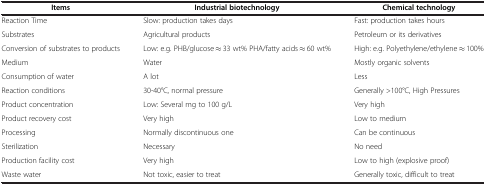
<table><thead><tr><td><b>Items</b></td><td><b>Industrial biotechnology</b></td><td><b>Chemical technology</b></td></tr></thead><tbody><tr><td>Reaction Time</td><td>Slow: production takes days</td><td>Fast: production takes hours</td></tr><tr><td>Substrates</td><td>Agricultural products</td><td>Petroleum or its derivatives</td></tr><tr><td>Conversion of substrates to products</td><td>Low: e.g. PHB/glucose ≈ 33 wt% PHA/fatty acids ≈ 60 wt%</td><td>High: e.g. Polyethylene/ethylene ≈ 100%</td></tr><tr><td>Medium</td><td>Water</td><td>Mostly organic solvents</td></tr><tr><td>Consumption of water</td><td>A lot</td><td>Less</td></tr><tr><td>Reaction conditions</td><td>30-40°C, normal pressure</td><td>Generally &gt;100°C, High Pressures</td></tr><tr><td>Product concentration</td><td>Low: Several mg to 100 g/L</td><td>Very high</td></tr><tr><td>Product recovery cost</td><td>Very high</td><td>Low to medium</td></tr><tr><td>Processing</td><td>Normally discontinuous one</td><td>Can be continuous</td></tr><tr><td>Sterilization</td><td>Necessary</td><td>No need</td></tr><tr><td>Production facility cost</td><td>Very high</td><td>Low to high (explosive proof)</td></tr><tr><td>Waste water</td><td>Not toxic, easier to treat</td><td>Generally toxic, difficult to treat</td></tr></tbody></table>